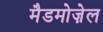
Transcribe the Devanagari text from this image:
मैडमोज़ेल